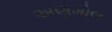
અણમોલ